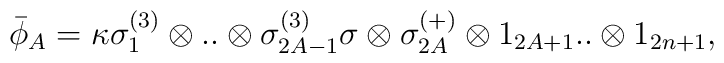
\bar\phi_A = \kappa \sigma_1^{(3)} \otimes..\otimes \sigma^{(3)}_{2A-1} \sigma \otimes \sigma^{(+)}_{2A}\otimes1_{2A+1}..\otimes 1_{2n+1} ,